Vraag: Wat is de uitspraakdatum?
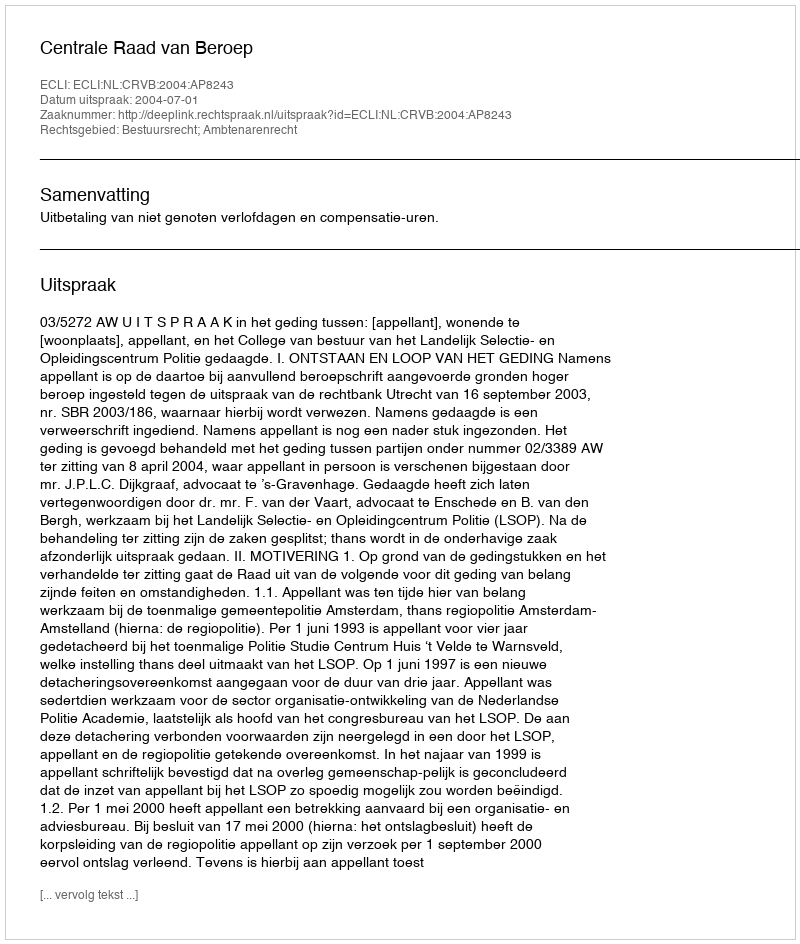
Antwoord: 2004-07-01